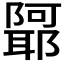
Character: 𲉢